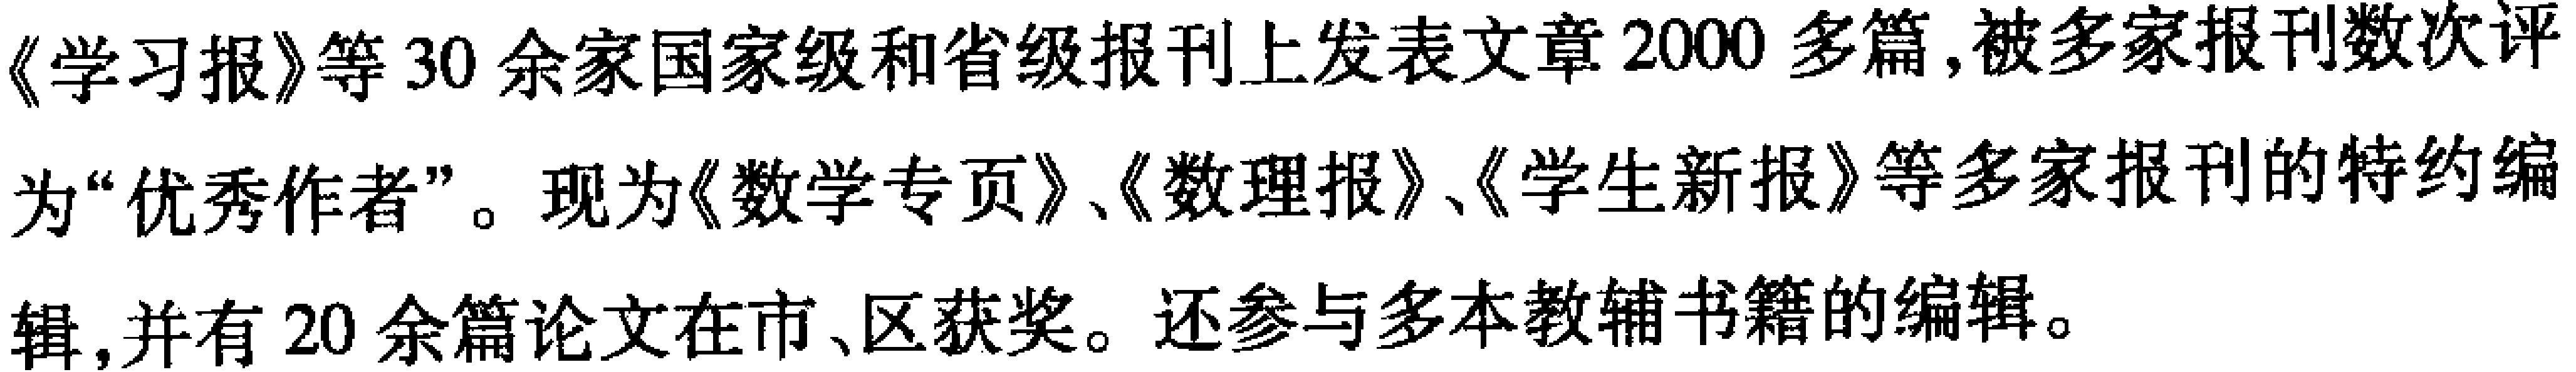
《学习报》等30余家国家级和省级报刊上发表文章2000多篇,被多家报刊数次评为“优秀作者”。现为《数学专页》、《数理报》、《学生新报》等多家报刊的特约编辑,并有20余篇论文在市、区获奖。还参与多本教辅书籍的编辑。